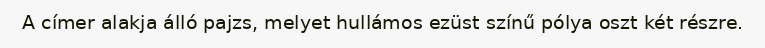
A címer alakja álló pajzs, melyet hullámos ezüst színű pólya oszt két részre.